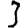
Digit: 3